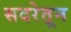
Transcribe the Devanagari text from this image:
सदरेतून